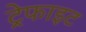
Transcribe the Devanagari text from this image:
ट्रेफाइट